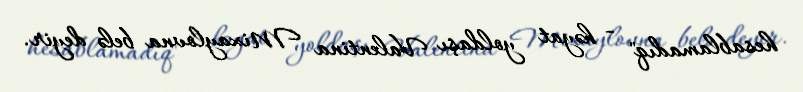
hesablamadıq" - həyat yoldaşı Valentina Mixaylovna belə deyir.